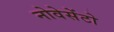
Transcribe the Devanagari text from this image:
नोवेसेंटो